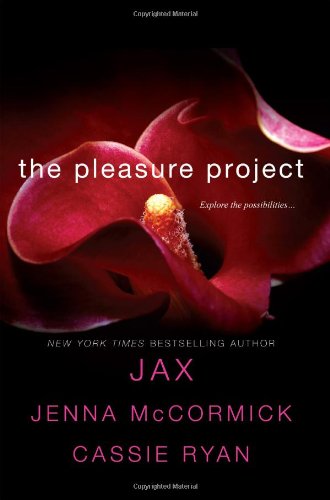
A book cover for The Pleasure Project; JAX; Romance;